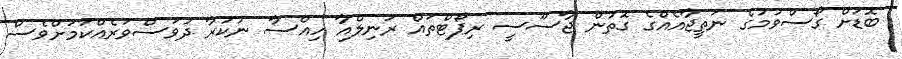
ބޮޑަށް ގޯސްވުމުގެ ނަތީޖާއެއްގެ ގޮތުން ޖާސޫސީ ރިޕޯޓްތައް ރަނިލްއާ ހިއްސާ ނުކުރާ ދުވަސްވަރެއްކަމަށްވެސް